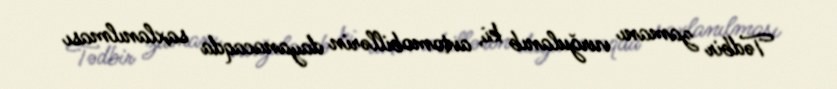
Tədbir zamanı vurğulanıb ki, avtomobillərin dayanacaqda saxlanılması